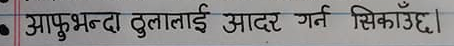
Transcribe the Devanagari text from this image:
आफुभन्दा ठुलालाई आदर गर्न सिकाउँछ।